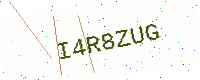
Text: I4R8ZUG